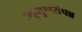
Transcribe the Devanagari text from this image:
बहुगुणसंपन्न